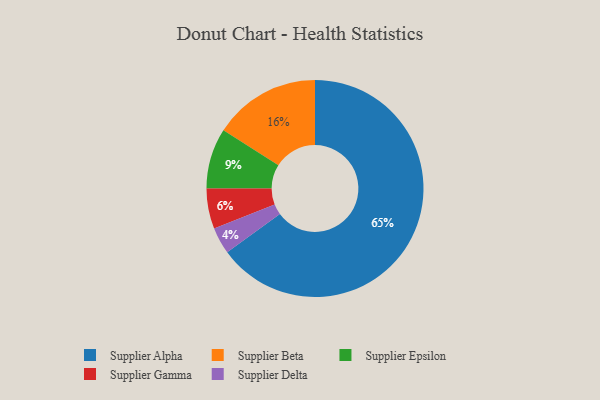
{"axis": {"x": "Category", "y": "Percentage"}, "legend": ["Supplier Alpha", "Supplier Beta", "Supplier Delta", "Supplier Epsilon", "Supplier Gamma"], "data": [{"x": "Supplier Alpha", "y": 65, "type": "Supplier Alpha"}, {"x": "Supplier Beta", "y": 16, "type": "Supplier Beta"}, {"x": "Supplier Epsilon", "y": 9, "type": "Supplier Epsilon"}, {"x": "Supplier Delta", "y": 4, "type": "Supplier Delta"}, {"x": "Supplier Gamma", "y": 6, "type": "Supplier Gamma"}]}